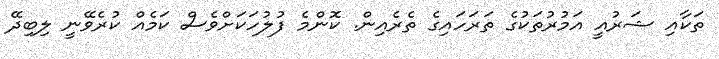
ތަކާއި ޝަރުއީ އަމުރުތަކުގެ ތަރަހައިގެ ތެރެއިން. ކޮންމެ ފުލުހަކަށްވެސް ކަމެއް ކުރެވޭނީ ލިބިދޭ